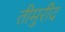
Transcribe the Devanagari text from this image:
तीमुरीद